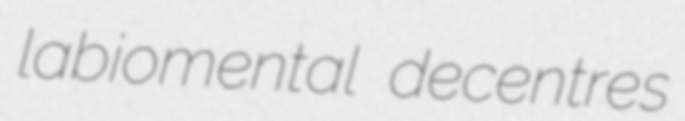
labiomental decentres